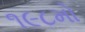
૧૯૮મો